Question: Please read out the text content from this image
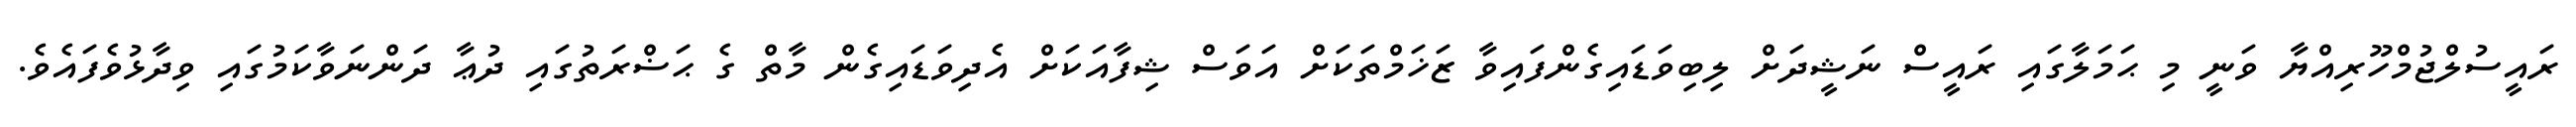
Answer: ރައީސުލްޖުމްހޫރިއްޔާ ވަނީ މި ޙަމަލާގައި ރައީސް ނަޝީދަށް ލިބިވަޑައިގެންފައިވާ ޒަޚަމްތަކަށް އަވަސް ޝިފާއަކަށް އެދިވަޑައިގެން މާތް ގެ ޙަޟްރަތުގައި ދުޢާ ދަންނަވާކަމުގައި ވިދާޅުވެފައެވެ.